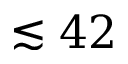
\lesssim 4 2